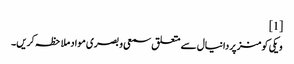
[1]
ویکی کومنز پر دانیال سے متعلق سمعی و بصری مواد ملاحظہ کریں۔